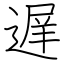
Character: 遅